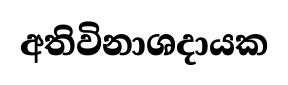
අතිවිනාශදායක